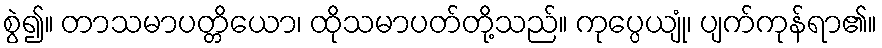
စွဲ၍။ တာသမာပတ္တိယော၊ ထိုသမာပတ်တို့သည်။ ကုပ္ပေယျုံ၊ ပျက်ကုန်ရာ၏။